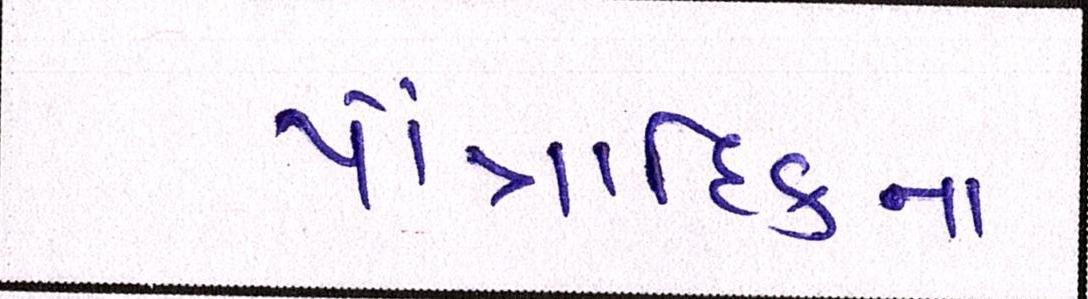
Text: પૌત્રાદિકના